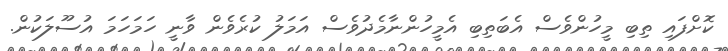
ކޮށްފައި ތިބި މީހުންވެސް އެބަތިބި އެމީހުންނާމެދުވެސް އަމަލު ކުރެވެން ވާނީ ހަމަހަމަ އުސޫލަކުން.